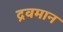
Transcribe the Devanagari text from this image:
द्रवमान